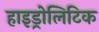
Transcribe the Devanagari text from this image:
हाइड्रोलिटिक